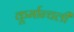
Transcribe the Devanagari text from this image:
कूर्मान्चली